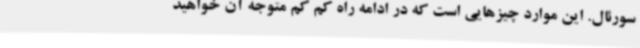
سورئال. این موارد چیزهایی است که در ادامه راه کم کم متوجه آن خواهید